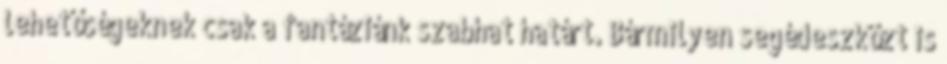
lehetőségeknek csak a fantáziánk szabhat határt. Bármilyen segédeszközt is